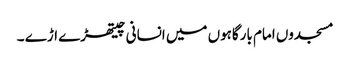
مسجدوں امام بارگاہوں میں انسانی چیتھڑے اڑے ۔